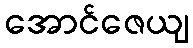
အောင်ဇေယျ